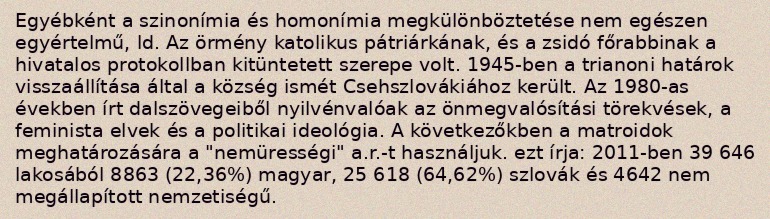
Egyébként a szinonímia és homonímia megkülönböztetése nem egészen egyértelmű, ld. Az örmény katolikus pátriárkának, és a zsidó főrabbinak a hivatalos protokollban kitüntetett szerepe volt. 1945-ben a trianoni határok visszaállítása által a község ismét Csehszlovákiához került. Az 1980-as években írt dalszövegeiből nyilvénvalóak az önmegvalósítási törekvések, a feminista elvek és a politikai ideológia. A következőkben a matroidok meghatározására a "nemürességi" a.r.-t használjuk. ezt írja: 2011-ben 39 646 lakosából 8863 (22,36%) magyar, 25 618 (64,62%) szlovák és 4642 nem megállapított nemzetiségű.